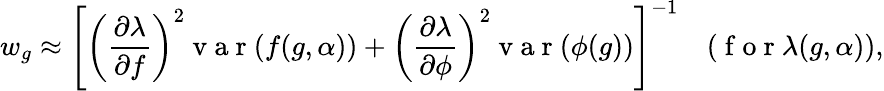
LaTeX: w_{g}\approx\left[\left(\frac{\partial\lambda}{\partial f}\right)^{2}\mathrm{~v~a~r~}(f(g,\alpha))+\left(\frac{\partial\lambda}{\partial\phi}\right)^{2}\mathrm{~v~a~r~}(\phi(g))\right]^{-1}\quad(\mathrm{~f~o~r~}\lambda(g,\alpha)),